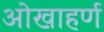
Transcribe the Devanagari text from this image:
ओखाहर्ण